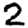
Digit: 2